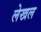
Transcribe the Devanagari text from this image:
लेखल